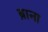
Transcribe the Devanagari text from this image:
ब़ाना